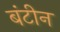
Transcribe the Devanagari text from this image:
बंटीन